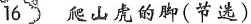
16 爬山庞的脚(节选)